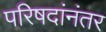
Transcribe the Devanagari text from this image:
परिषदांनंतर